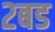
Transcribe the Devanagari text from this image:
२बड